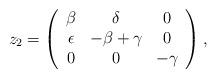
LaTeX: \begin{align*} \begin{array}{lllllll} z_2=\left(\begin{array}{ccc}\beta & \delta & 0 \\ \epsilon & -\beta+\gamma & 0 \\ 0& 0 & -\gamma\end{array}\right), \end{array} \end{align*}